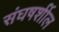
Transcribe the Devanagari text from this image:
संघषर्शील